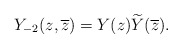
\begin{align*}Y_{-2}(z,\overline{z})= Y(z) \widetilde{Y}(\overline{z}).\end{align*}